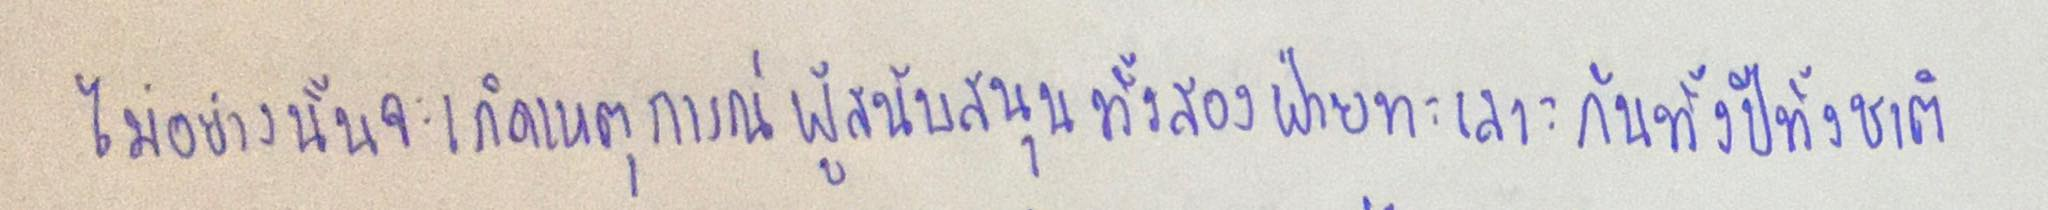
ไม่อย่างนั้นจะเกิดเหตุการณ์ผู้สนับสนุนทั้งสองฝ่ายทะเลาะกันทั้งปีทั้งชาติ